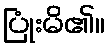
ပြုံးမိ၏။